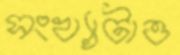
সংখ্যাটাও